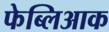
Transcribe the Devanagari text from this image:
फेब्लिआक